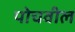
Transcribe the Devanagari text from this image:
पोचवील